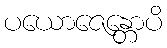
ပယောဇေန္တောပိ